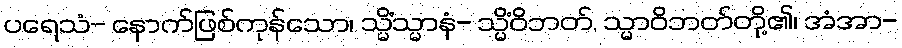
ပရေသံ- နောက်ဖြစ်ကုန်သော၊ သ္မိံသ္မာနံ- သ္မိံဝိဘတ်, သ္မာဝိဘတ်တို့၏၊ အံအာ-